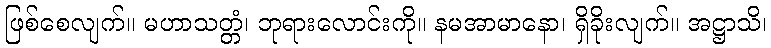
ဖြစ်စေလျက်။ မဟာသတ္တံ၊ ဘုရားလောင်းကို။ နမအာမာနော၊ ရှိခိုးလျက်။ အဋ္ဌာသိ၊